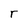
Character: r